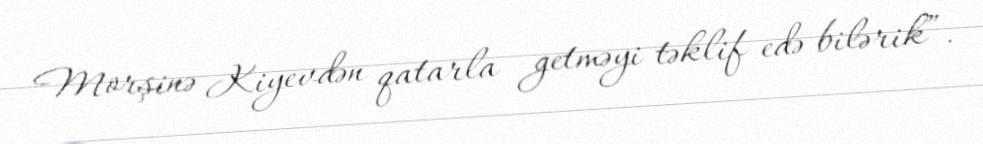
Morşinə Kiyevdən qatarla getməyi təklif edə bilərik”.